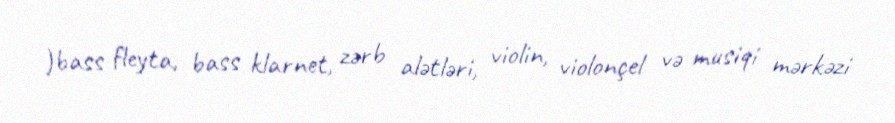
)bass fleyta, bass klarnet, zərb alətləri, violin, violonçel və musiqi mərkəzi